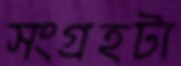
সংগ্রহটা